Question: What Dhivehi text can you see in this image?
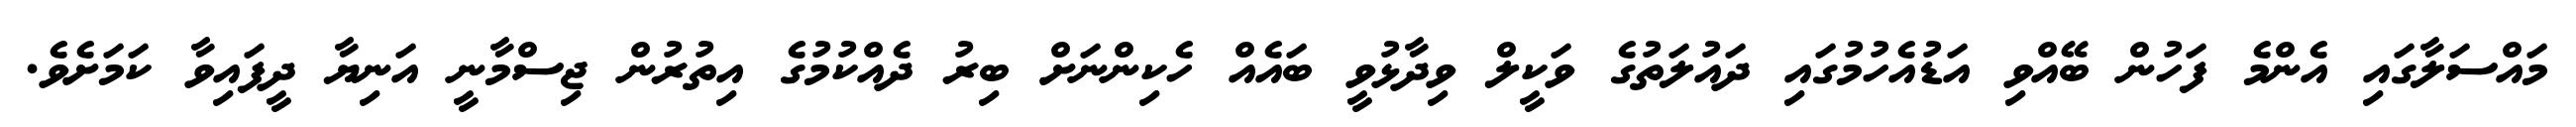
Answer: މައްސަލާގައި އެންމެ ފަހުން ބޭއްވި އަޑުއެހުމުގައި ދައުލަތުގެ ވަކީލް ވިދާޅުވީ ބައެއް ހެކިންނަށް ބިރު ދެއްކުމުގެ އިތުރުން ޖިސްމާނީ އަނިޔާ ދީފައިވާ ކަމަށެވެ.